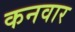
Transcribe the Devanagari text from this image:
कनवार